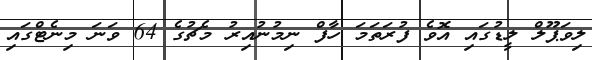
ލިވަޕޫލް ލީޑުގައި އޮވެ ފުރަތަމަ ހާފް ނިމުނުއިރު މެޗުގެ 64 ވަނަ މިނެޓްގައި